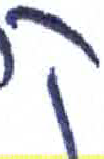
אות: ק